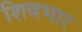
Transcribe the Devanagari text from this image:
शिवभार